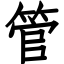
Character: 管